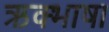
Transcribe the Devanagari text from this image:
ऋक्भाषा